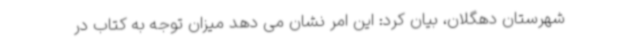
شهرستان دهگلان، بیان کرد: این امر نشان می دهد میزان توجه به کتاب در